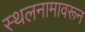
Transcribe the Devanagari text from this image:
स्थलनामावरून